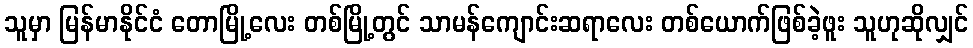
သူမှာ မြန်မာနိုင်ငံ တောမြို့လေး တစ်မြို့တွင် သာမန်ကျောင်းဆရာလေး တစ်ယောက်ဖြစ်ခဲ့ဖူး သူဟုဆိုလျှင်